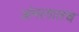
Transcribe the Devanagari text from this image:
अंमलातच